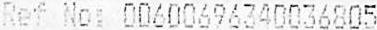
REF NO: 00600696340036805